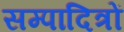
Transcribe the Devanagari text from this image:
सम्पादित्रों